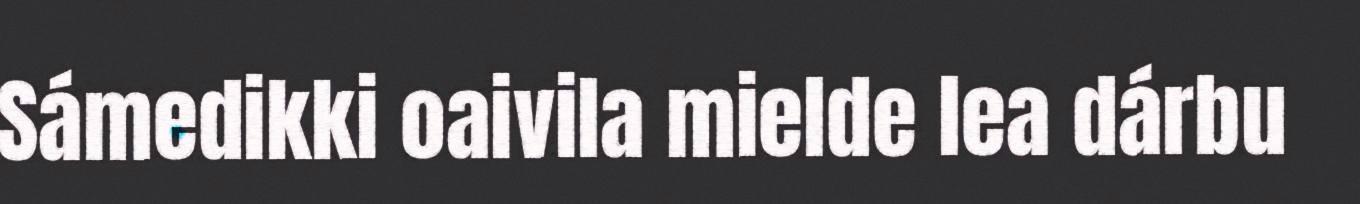
Sámedikki oaivila mielde lea dárbu